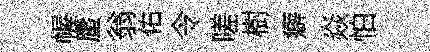
幄蜃翁佑令嗟樹癖焱怕